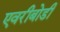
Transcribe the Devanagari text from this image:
एवरीबोडी